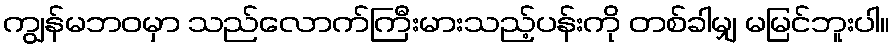
ကျွန်မဘဝမှာ သည်လောက်ကြီးမားသည့်ပန်းကို တစ်ခါမျှ မမြင်ဘူးပါ။